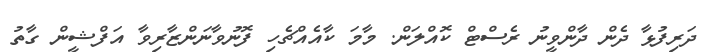
ދަރިފުޅާ ދެން ދާންވީނު ރެސްޓް ކޮއްލަން. މާމަ ކާއެއްޗެހި ފޮނުވާނަންޒާރިވާ އަފްޝީން ގާތު